Senior Leaving Certificate Examination (including Day School Certificate (Higher) General paper), 1947
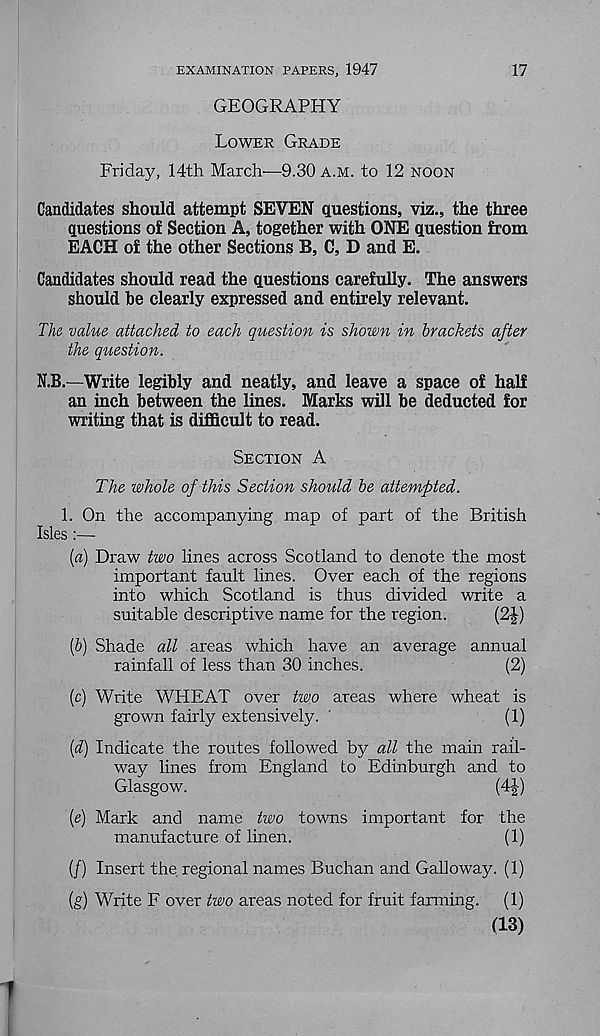
EXAMINATION PAPERS, 1947
GEOGRAPHY
17
Lower Grade
Friday, 14th March-—9.30 a.m. to 12 noon
Candidates should attempt SEVEN questions, viz., the three
questions of Section A, together with ONE question from
EACH of the other Sections B, C, D and E.
Candidates should read the questions carefully. The answers
should he clearly expressed and entirely relevant.
The value attached to each question is shown in brackets after
the question.
N.B.—Write legibly and neatly, and leave a space of half
an inch between the lines. Marks will be deducted for
writing that is difficult to read.
Section A
The whole of this Section should be attempted.
1. On the accompanying map of part of the British
Isles:—
(a) Draw two lines across Scotland to denote the most
important fault lines. Over each of the regions
into which Scotland is thus divided write a
suitable descriptive name for the region.
(2J)
(b) Shade all areas which have an average annual
rainfall of less than 30 inches.
(2)
(c) Write WHEAT over two areas where wheat is
grown fairly extensively. '
(1)
{d) Indicate the routes followed by all the main rail-
way lines from England to Edinburgh and to
Glasgow.
(4-|)
(e) Mark and name two towns important for the
manufacture of linen.
(1)
(/) Insert the regional names Buchan and Galloway. (1)
(g) Write F over two areas noted for fruit farming.
(1)
(13)